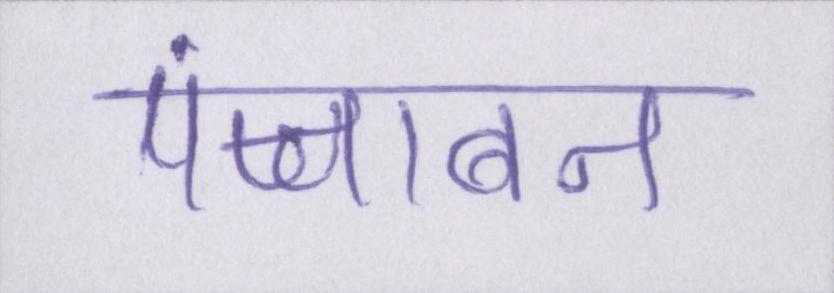
पंजाबन